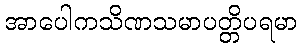
အာပေါကသိဏသမာပတ္တိပရမာ